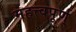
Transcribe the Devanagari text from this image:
महत्त्वपूर्ण्